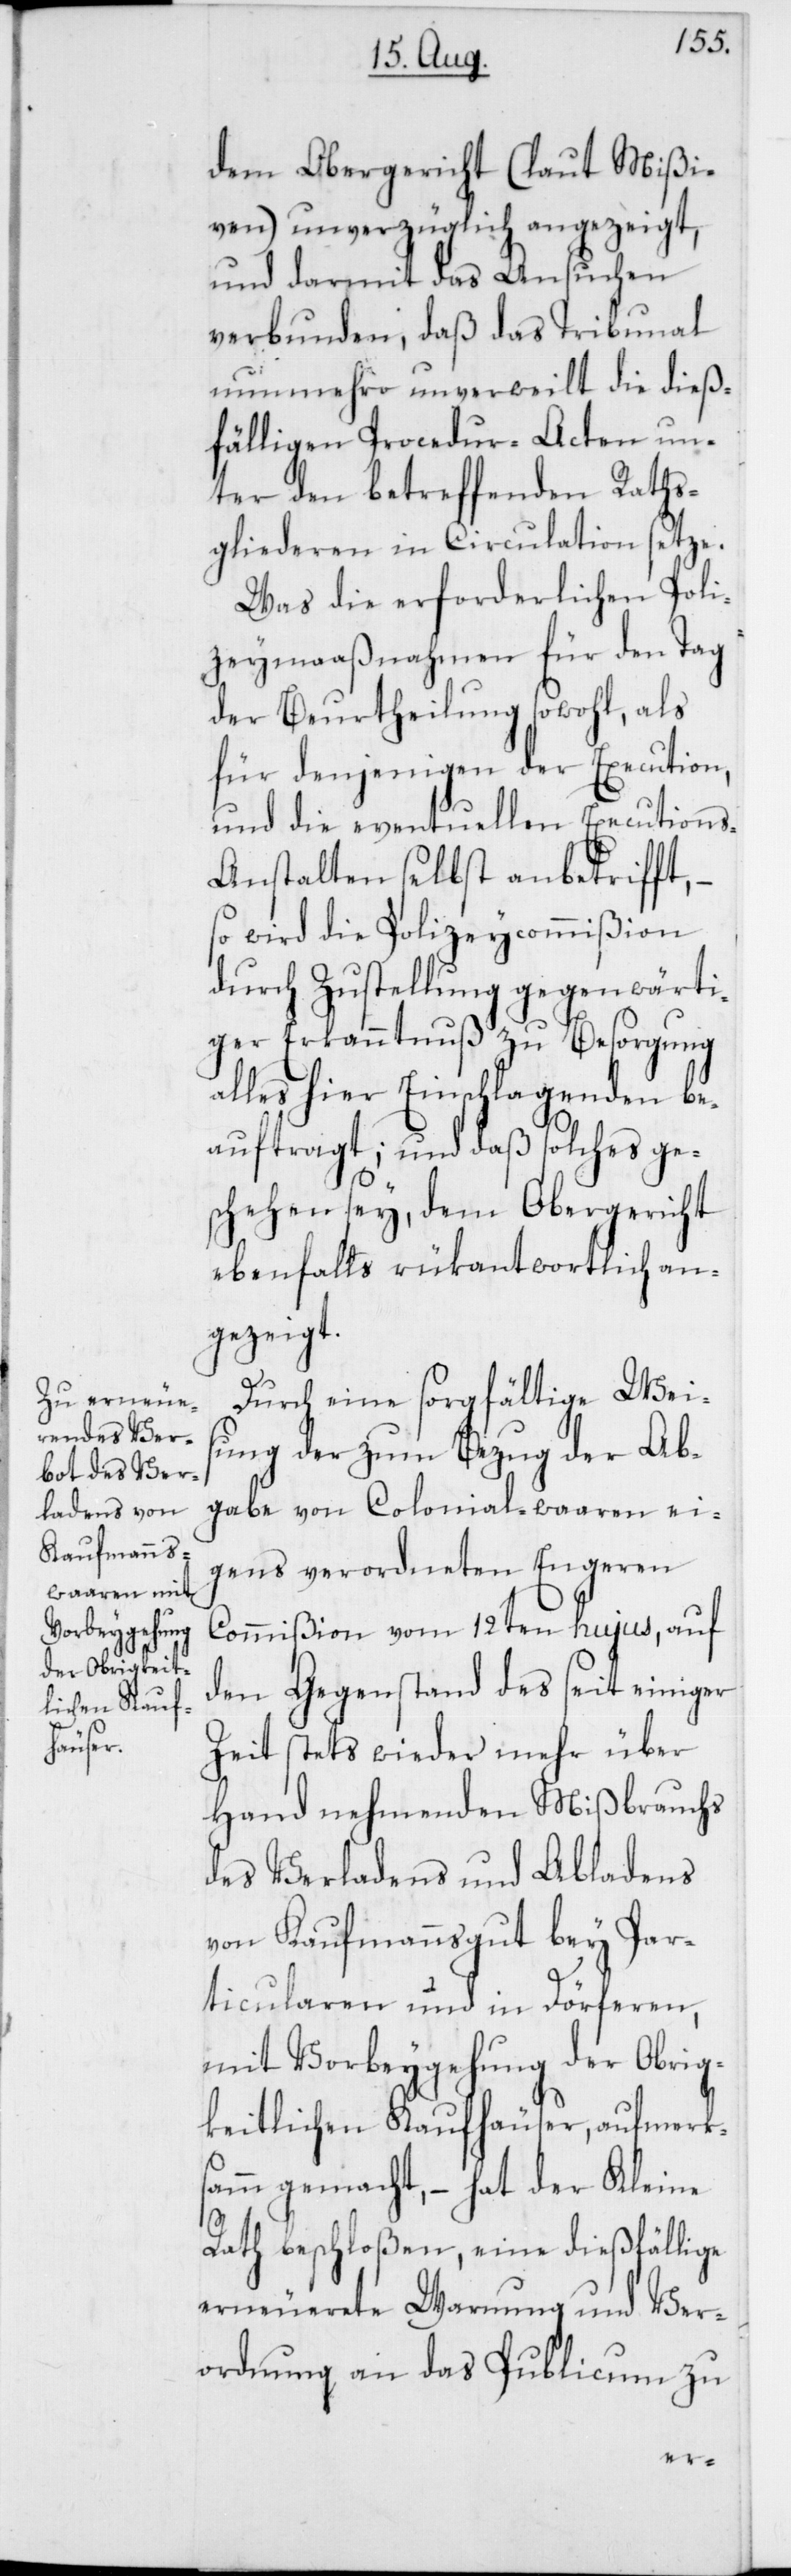
dem Obergericht (laut Mißi¬
ven) unverzüglich angezeigt,
und darmit das Ansuchen
verbunden, daß das Tribunal
nunmehro unverweilt die dieß¬
fälligen Procedur-Acten un¬
ter den betreffenden Raths¬
gliederen in Circulation setze.
Was die erforderlichen Poli¬
zeymaaßnahmen für den Tag
der Beurtheilung sowohl, als
für denjenigen der Execution,
und die eventuellen Executions-A¬
nstalten selbst anbetrifft, –
so wird die Polizeycommißion
durch Zustellung gegenwärti¬
ger Erkanntnuß zu Besorgung
alles hier Einschlagenden be¬
auftragt; und daß solches ge¬
schehen sey, dem Obergericht
ebenfalls rükantwortlich an¬
gezeigt.
Durch eine sorgfältige Weis¬
ung der zum Bezug der Ab¬
gabe von Colonialwaaren ei¬
gens verordneten Engeren
Commißion vom 12ten hujus, auf
den Gegenstand des seit einiger
Zeit stets wieder mehr über
Hand nehmenden Mißbrauchs
des Verladens und Abladens
von Kaufmannsgut bey Par¬
ticularen und in Dörferen,
mit Vorbeygehung der Obrig¬
keitlichen Kaufhäuser, aufmerks¬
am gemacht, – hat der Kleine
Rath beschloßen, eine dießfällige
erneuerete Warnung und Ver¬
ordnung an das Publicum zu